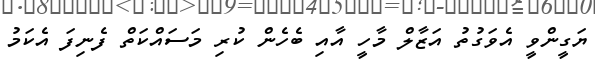
ޔަގީންވީ އެވަގުތު އަޒާލް މާހީ އާއި ބެހެން ކުރި މަސައްކަތް ފެނިފަ އެކަމު